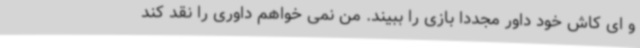
و ای کاش خود داور مجددا بازی را ببیند. من نمی خواهم داوری را نقد کند